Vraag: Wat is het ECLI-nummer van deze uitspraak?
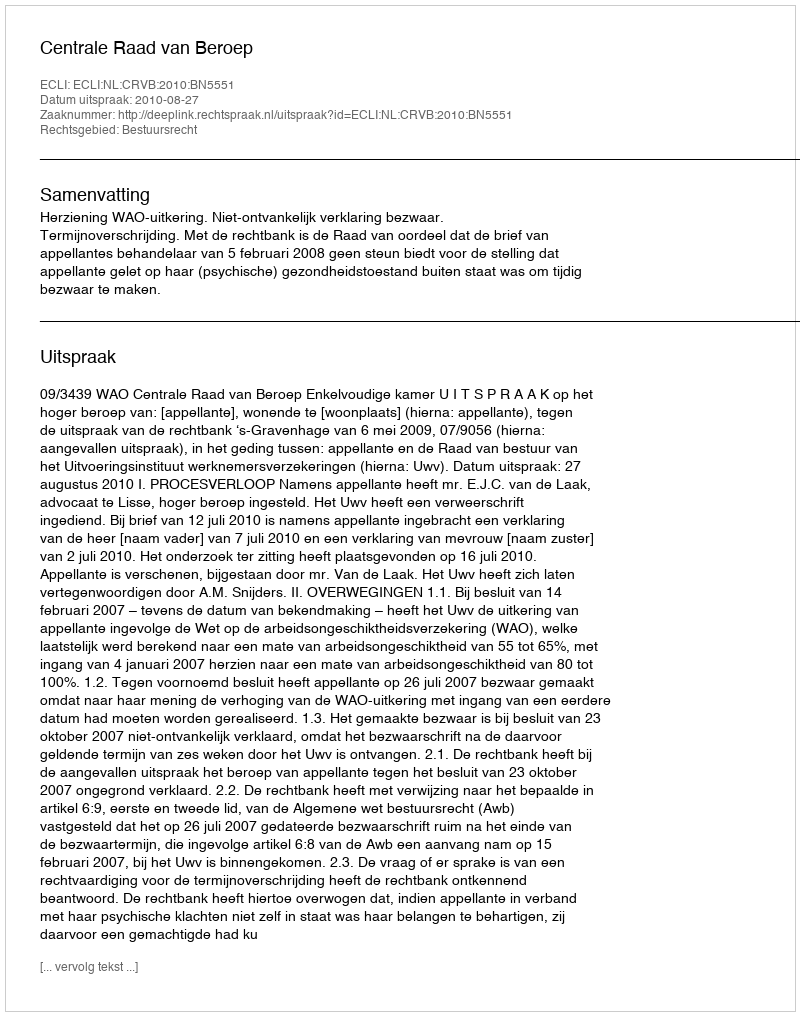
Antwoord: ECLI:NL:CRVB:2010:BN5551